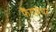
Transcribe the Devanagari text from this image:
फैंगमेयर